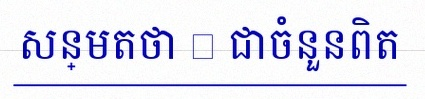
សន្មតថា x ជាចំនួនពិត